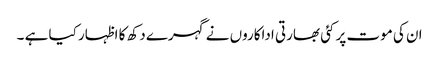
ان کی موت پر کئی بھارتی اداکاروں نے گہرے دکھ کا اظہار کیا ہے ۔